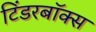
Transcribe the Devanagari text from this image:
टिंडरबॉक्स